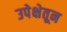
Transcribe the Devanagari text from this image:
उपेक्षेतून